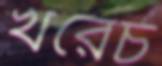
খরেচ